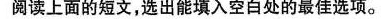
阅读上面的短文,选出能填入空白处的最佳选项。